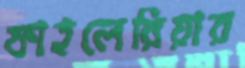
ফাইলেরিয়ার